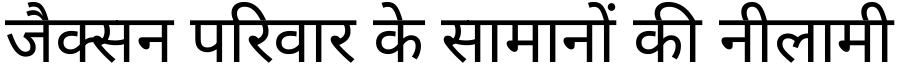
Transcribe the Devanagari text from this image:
जैक्सन परिवार के सामानों की नीलामी